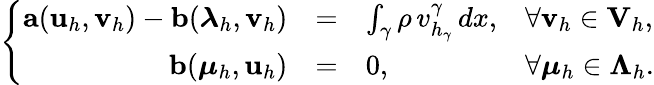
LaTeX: \left\{ \begin{array}{rcll}{{\mathbf a}({\mathbf u}_{h},{\mathbf v}_{h})-{\mathbf b}(\boldsymbol\lambda_{h},{\mathbf v}_{h})}&{=}&{\int_{\gamma}\rho\, v_{h_{\gamma}}^{\gamma}\, dx,}&{\forall{\mathbf v}_{h}\in{\mathbf V}_{h},}\\ {{\mathbf b}(\boldsymbol\mu_{h},{\mathbf u}_{h})}&{=}&{0,}&{\forall\boldsymbol\mu_{h}\in\boldsymbol\Lambda_{h}.}\end{array}\right.